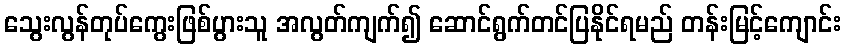
သွေးလွန်တုပ်ကွေးဖြစ်ပွားသူ အလွတ်ကျက်၍ ဆောင်ရွက်တင်ပြနိုင်ရမည် တန်းမြင့်ကျောင်း